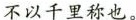
不以千里称也。